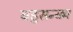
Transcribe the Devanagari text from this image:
बहुसन्ख्य